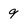
Character: 9